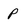
Character: P